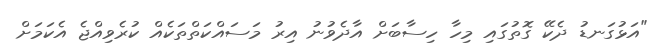
"އަޅުގަނޑު ދެކޭ ގޮތުގައި މިހާ ހިސާބަށް އާދެވުނު އިރު މަސައްކަތްތަކެއް ކުރެވިއްޖެ އެކަމަށް